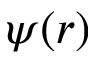
\psi ( r )